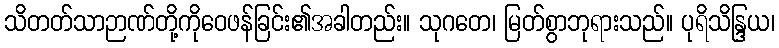
သိတတ်သာဉာဏ်တို့ကိုဝေဖန်ခြင်း၏အခါတည်း။ သုဂတေ၊ မြတ်စွာဘုရားသည်။ ပုရိသိန္ဒြယ၊